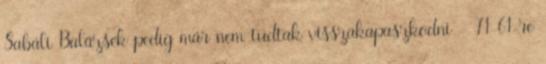
Sabáli Balázsék pedig már nem tudtak visszakapaszkodni - 71-61-re